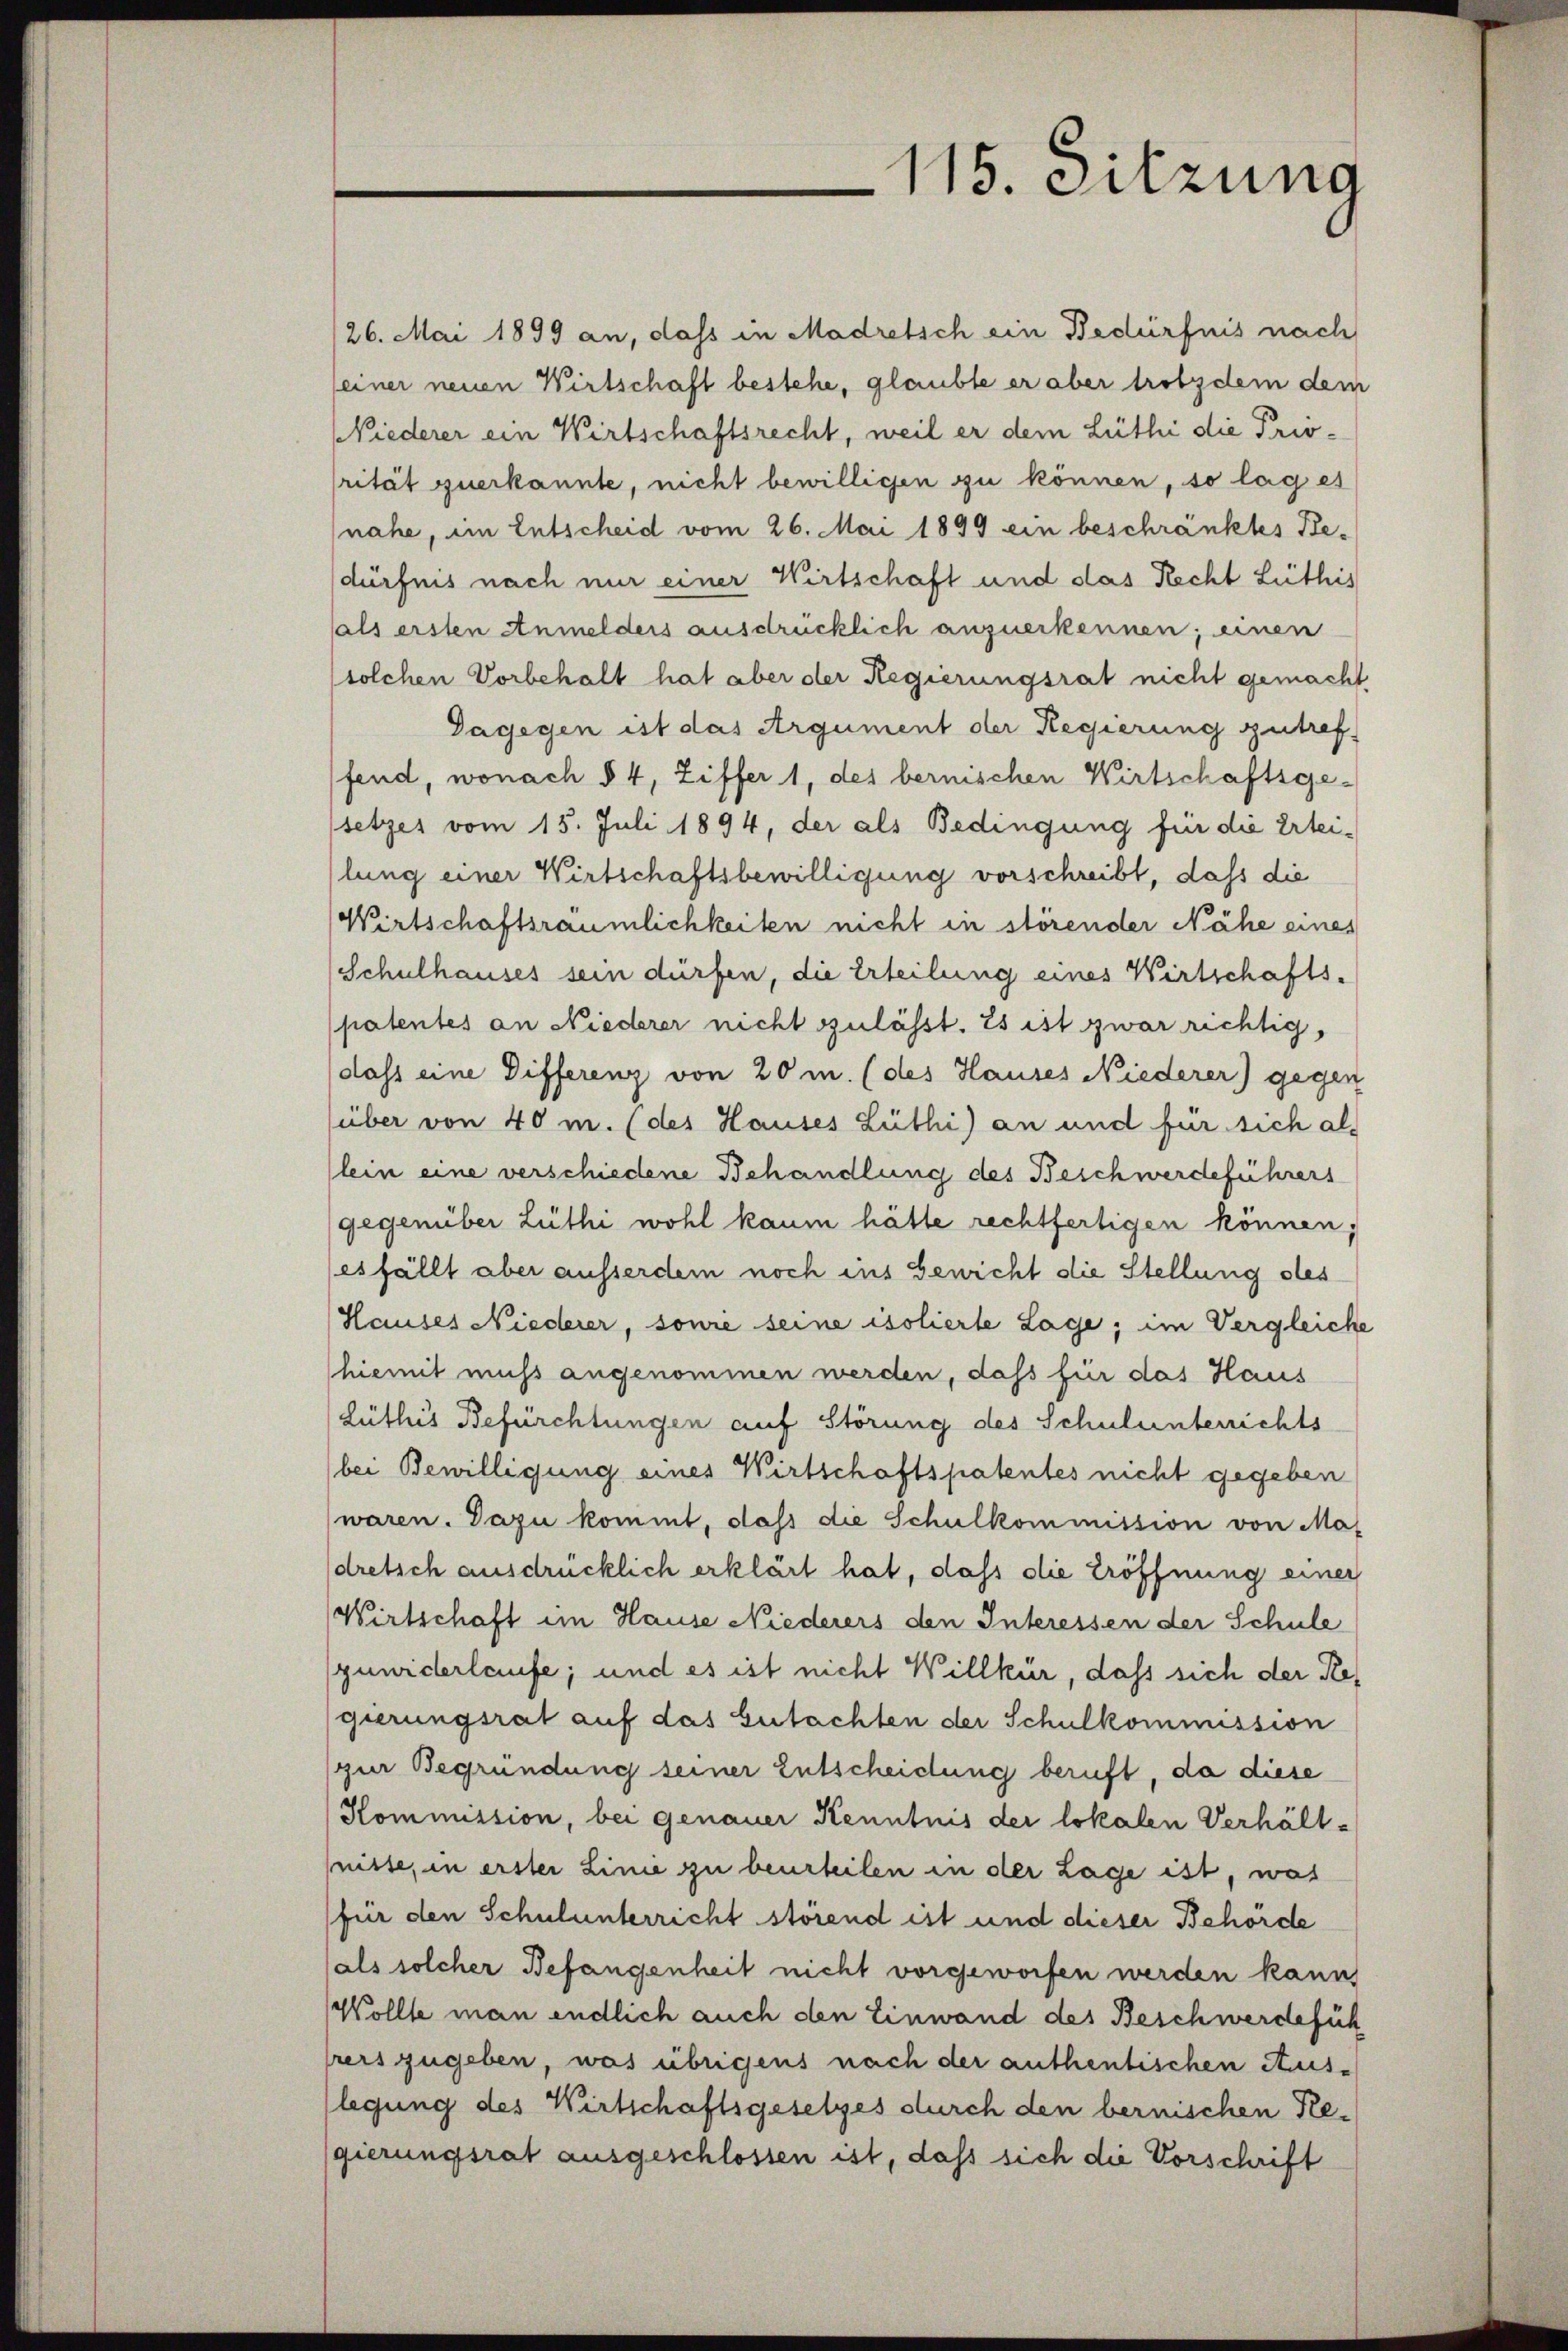
/26. Mai 1899 an, dass in Madretsch ein Bedürfnis nach
seiner neuen Wirtschaft bestehe, glaubte er aber trotzdem dem
Niederer ein Wirtschaftsrecht, weil er dem Lüthi die Privrität zuerkannte, nicht bewilligen zu können, so lag es
nahe, im Entscheid vom 26. Mai 1899 ein beschränktes Bedürfnis nach nur einer Wirtschaft und das Recht Lüthis
hals ersten Anmelders ausdrücklich anzuerkennen; einen
solchen Vorbehalt hat aber der Regierungsrat nicht gemacht
Dagegen ist das Argument der Regierung zutref
fend, wonach § 4, Ziffer 1, des bernischen Wirtschaftsge-
setzes vom 15. Juli 1894, der als Bedingung für die Ertei-
lung einer Wirtschaftsbewilligung vorschreibt, dass die
Wirtschaftsräumlichkeiten nicht in störender Nähe eines
Schulhauses sein dürfen, die Erteilung eines Wirtschafts-
patentes an Niederer nicht zulässt. Es ist zwar richtig,
dass eine Differenz von 20 m. (des Hauses Niederer) gegen
über von 40 m. (des Hauses Lüthi) an und für sich al¬
(lein eine verschiedene Behandlung des Beschwerdeführers
gegenüber Lüthi wohl kaum hätte rechtfertigen können;
esfällt aber ausserdem noch ins Gewicht die Stellung des
Hauses Niederer, sowie seine isolierte Lage, im Vergleiche
hiemit muss angenommen werden, dass für das Haus
Lüths Befürchtungen auf Störung des Schulunterrichts
(bei Bewilligung eines Wirtschaftspatentes nicht gegeben
waren. Dazu kommt, daß die Schulkommission von Madretsch ausdrücklich erklärt hat, daß die Eröffnung einer
Wirtschaft im Hause Niederers den Interessen der Schule
puniderlaufe; und es ist nicht Willkür, dass sich der Regierungsrat auf das Gutachten der Schulkommission
(zur Begründung seiner Entscheidung beruft, da diese
Kommission, bei genauer Kenntnis der lokalen Verhältnisse, in erster Linie zu beurteilen in der Lage ist, was
für den Schulunterricht störend ist und dieser Behörde
(als solcher Befangenheit nicht vorgeworfen werden kann,
Wollte man endlich auch den Einwand des Beschwerdefüh
preis zugeben, was übrigens nach der authentischen Auslegung des Wirtschaftsgesetzes durch den bernischen Regierungsrat ausgeschlossen ist, dass sich die Vorschrift

115. Sitzung